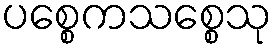
ပစ္စေကသစ္စေသု